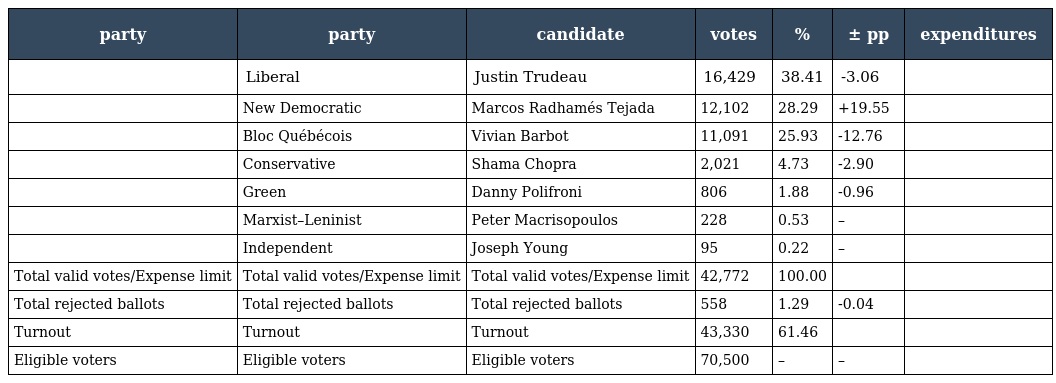
| party | party | candidate | votes | % | ± pp | expenditures |
 | --- | --- | --- | --- | --- | --- | --- |
 |  | Liberal | Justin Trudeau | 16,429 | 38.41 | -3.06 |  |
 |  | New Democratic | Marcos Radhamés Tejada | 12,102 | 28.29 | +19.55 |  |
 |  | Bloc Québécois | Vivian Barbot | 11,091 | 25.93 | -12.76 |  |
 |  | Conservative | Shama Chopra | 2,021 | 4.73 | -2.90 |  |
 |  | Green | Danny Polifroni | 806 | 1.88 | -0.96 |  |
 |  | Marxist–Leninist | Peter Macrisopoulos | 228 | 0.53 | – |  |
 |  | Independent | Joseph Young | 95 | 0.22 | – |  |
 | Total valid votes/Expense limit | Total valid votes/Expense limit | Total valid votes/Expense limit | 42,772 | 100.00 |  |  |
 | Total rejected ballots | Total rejected ballots | Total rejected ballots | 558 | 1.29 | -0.04 |  |
 | Turnout | Turnout | Turnout | 43,330 | 61.46 |  |  |
 | Eligible voters | Eligible voters | Eligible voters | 70,500 | – | – |  |